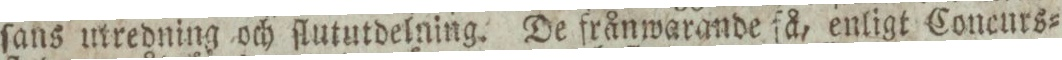
ſans utredning och ſlututdelning. De frånwarande få, enligt Concurs=